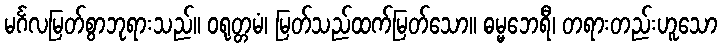
မင်္ဂလမြတ်စွာဘုရားသည်။ ဝရုတ္တမံ၊ မြတ်သည်ထက်မြတ်သော။ ဓမ္မဘေရီ၊ တရားတည်းဟူသော